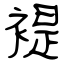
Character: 褆